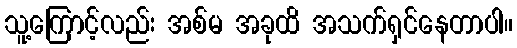
သူ့ကြောင့်လည်း အစ်မ အခုထိ အသက်ရှင်နေတာပါ။